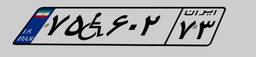
۷۵W۶۰۲۷۳